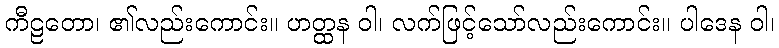
ကီဠတော၊ ၏လည်းကောင်း။ ဟတ္ထန ဝါ၊ လက်ဖြင့်သော်လည်းကောင်း။ ပါဒေန ဝါ၊